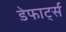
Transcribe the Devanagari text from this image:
डेफार्ट्स